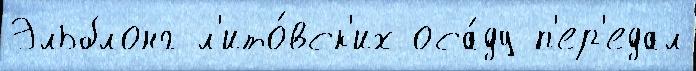
Эльблонг л'ито́вск'их оса́ду п'ер'едал